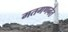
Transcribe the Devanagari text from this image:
मतगणनेत